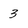
Character: 3